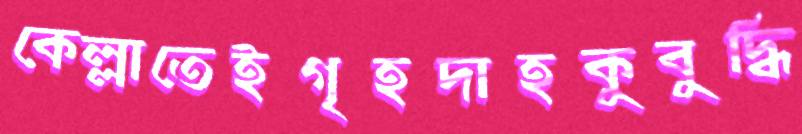
কেল্লাতেইগৃহদাহকুবুদ্ধি